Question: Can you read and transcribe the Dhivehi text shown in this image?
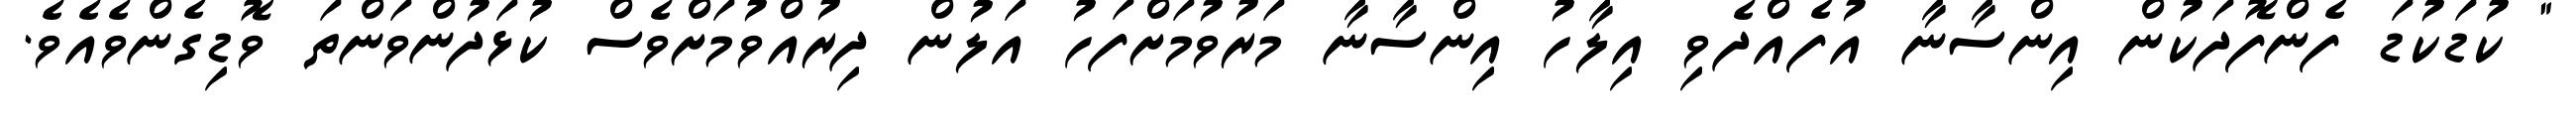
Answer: " ކުޑަކުޑަ ފެންފޮދަކުން އިންސާނާ އުފެއްދެވި އިލާހު އިންސާނާ މަރުވުމަށްފަހު އަލުން ދިރުއްވުމަށްވެސް ކުޅަދުންވަންތަ ވޮޑިގެންވެއެވެ.